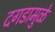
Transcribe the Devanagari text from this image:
दगडामुळे